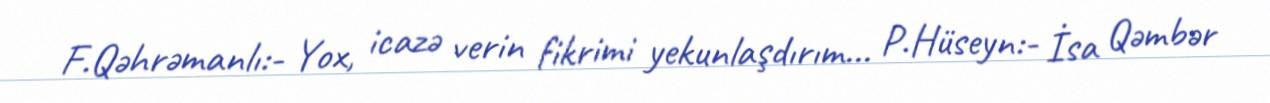
F.Qəhrəmanlı:- Yox, icazə verin fikrimi yekunlaşdırım... P.Hüseyn:- İsa Qəmbər